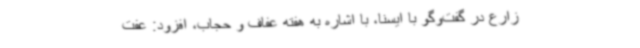
زارع در گفت‌وگو با ایسنا، با اشاره به هفته عفاف و حجاب، افزود: عفت